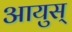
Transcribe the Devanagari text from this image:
आयुस्